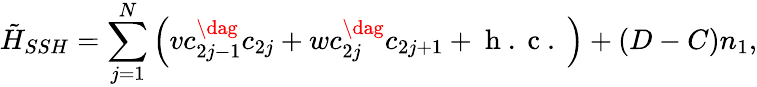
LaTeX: \tilde{H}_{SSH}=\sum_{j=1}^{N}\left(vc_{2j-1}^{\dag}c_{2j}+wc_{2j}^{\dag}c_{2j+1}+\mathrm{~h~.~c~.~}\right)+(D-C)n_{1},